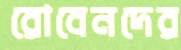
রোবেনদের